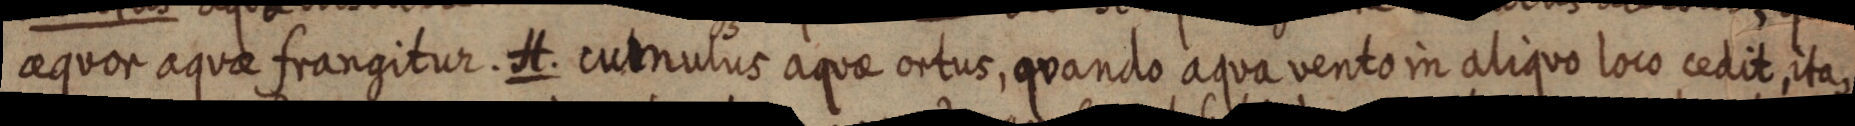
aequor aquae frangitur. H. cumulus aquae ortus, quando aqua vento in aliquo loco cedit, ita,